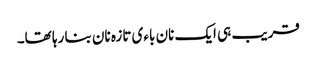
قریب ہی ایک نان باءی تازہ نان بنا رہا تھا۔